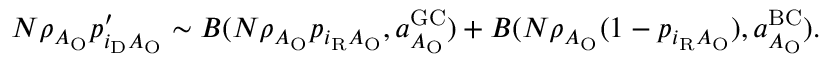
\begin{array} { r } { N \rho _ { A _ { \mathrm { O } } } p _ { i _ { \mathrm { D } } A _ { \mathrm { O } } } ^ { \prime } \sim { \cal B } ( N \rho _ { A _ { \mathrm { O } } } p _ { i _ { \mathrm { R } } A _ { \mathrm { O } } } , a _ { A _ { \mathrm { O } } } ^ { \mathrm { G C } } ) + { \cal B } ( N \rho _ { A _ { \mathrm { O } } } ( 1 - p _ { i _ { \mathrm { R } } A _ { \mathrm { O } } } ) , a _ { A _ { \mathrm { O } } } ^ { \mathrm { B C } } ) . } \end{array}